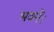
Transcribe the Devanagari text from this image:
भवनें।